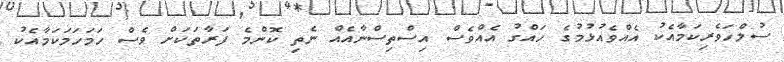
ސުލްހަވެރިކަމާއެކު އެއްވެއުޅުމުގެ ހައްގު އެއްވެސް އިސްތިސްނާއެއް ނެތި ކޮންމެ ފަރާތަކަށް ވެސް ހަމަހަމަކަމާއެކު